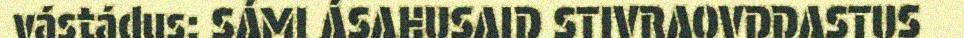
vástádus: SÁMI ÁSAHUSAID STIVRAOVDDASTUS